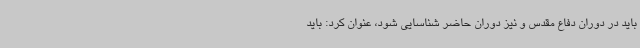
باید در دوران دفاع مقدس و نیز دوران حاضر شناسایی شود، عنوان کرد: باید